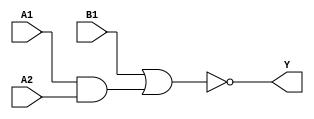
module sky130_fd_sc_hdll__a21oi (
    Y ,
    A1,
    A2,
    B1
);

    // Module ports
    output Y ;
    input  A1;
    input  A2;
    input  B1;

    // Module supplies
    supply1 VPWR;
    supply0 VGND;
    supply1 VPB ;
    supply0 VNB ;

    // Local signals
    wire and0_out  ;
    wire nor0_out_Y;

    //  Name  Output      Other arguments
    and and0 (and0_out  , A1, A2         );
    nor nor0 (nor0_out_Y, B1, and0_out   );
    buf buf0 (Y         , nor0_out_Y     );

endmodule